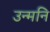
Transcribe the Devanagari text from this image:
उन्मनि